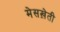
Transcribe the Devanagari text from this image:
मेसख़ेती